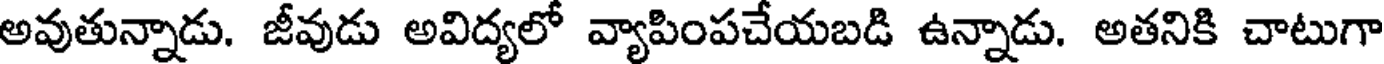
అవుతున్నాడు. జీవుడు అవిద్యలో వ్యాపింపచేయబడి ఉన్నాడు. అతనికి చాటుగా